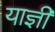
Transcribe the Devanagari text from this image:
याज्ञी